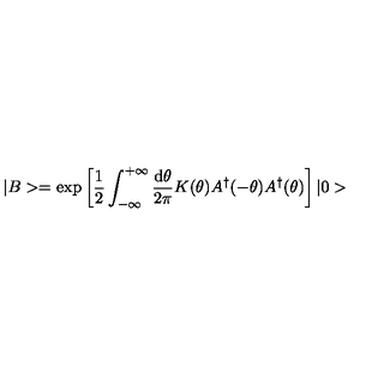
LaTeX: | B > = \exp \left[ \frac { 1 } { 2 } \int _ { - \infty } ^ { + \infty } \frac { \mathrm { d } \theta } { 2 \pi } K ( \theta ) A ^ { \dagger } ( - \theta ) A ^ { \dagger } ( \theta ) \right] | 0 >